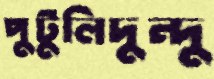
পুটুলিদুন্দু